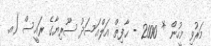
މަރުވި މީހުން * 2000 - ޙާފިޡް އަލްއަސަދު ސޫރިޔާގެ ރައީސް (އ.